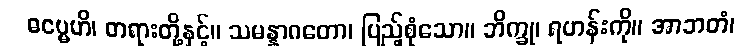
ဓမ္မေဟိ၊ တရားတို့နှင့်။ သမန္နာဂတော၊ ပြည့်စုံသော။ ဘိက္ခု၊ ရဟန်းကို။ အာဘတံ၊